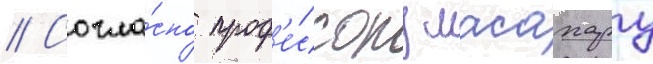
// Согла́сно проф'е́ссору масахару